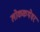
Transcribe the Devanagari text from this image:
लोककथेवर